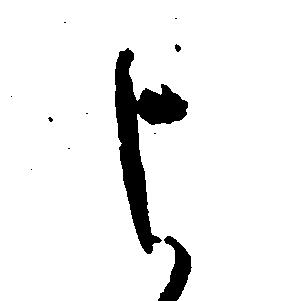
よ